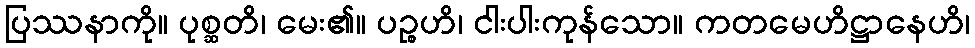
ပြဿနာကို။ ပုစ္ဆတိ၊ မေး၏။ ပဉ္စဟိ၊ ငါးပါးကုန်သော။ ကတမေဟိဋ္ဌာနေဟိ၊